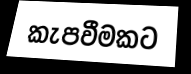
කැපවීමකට